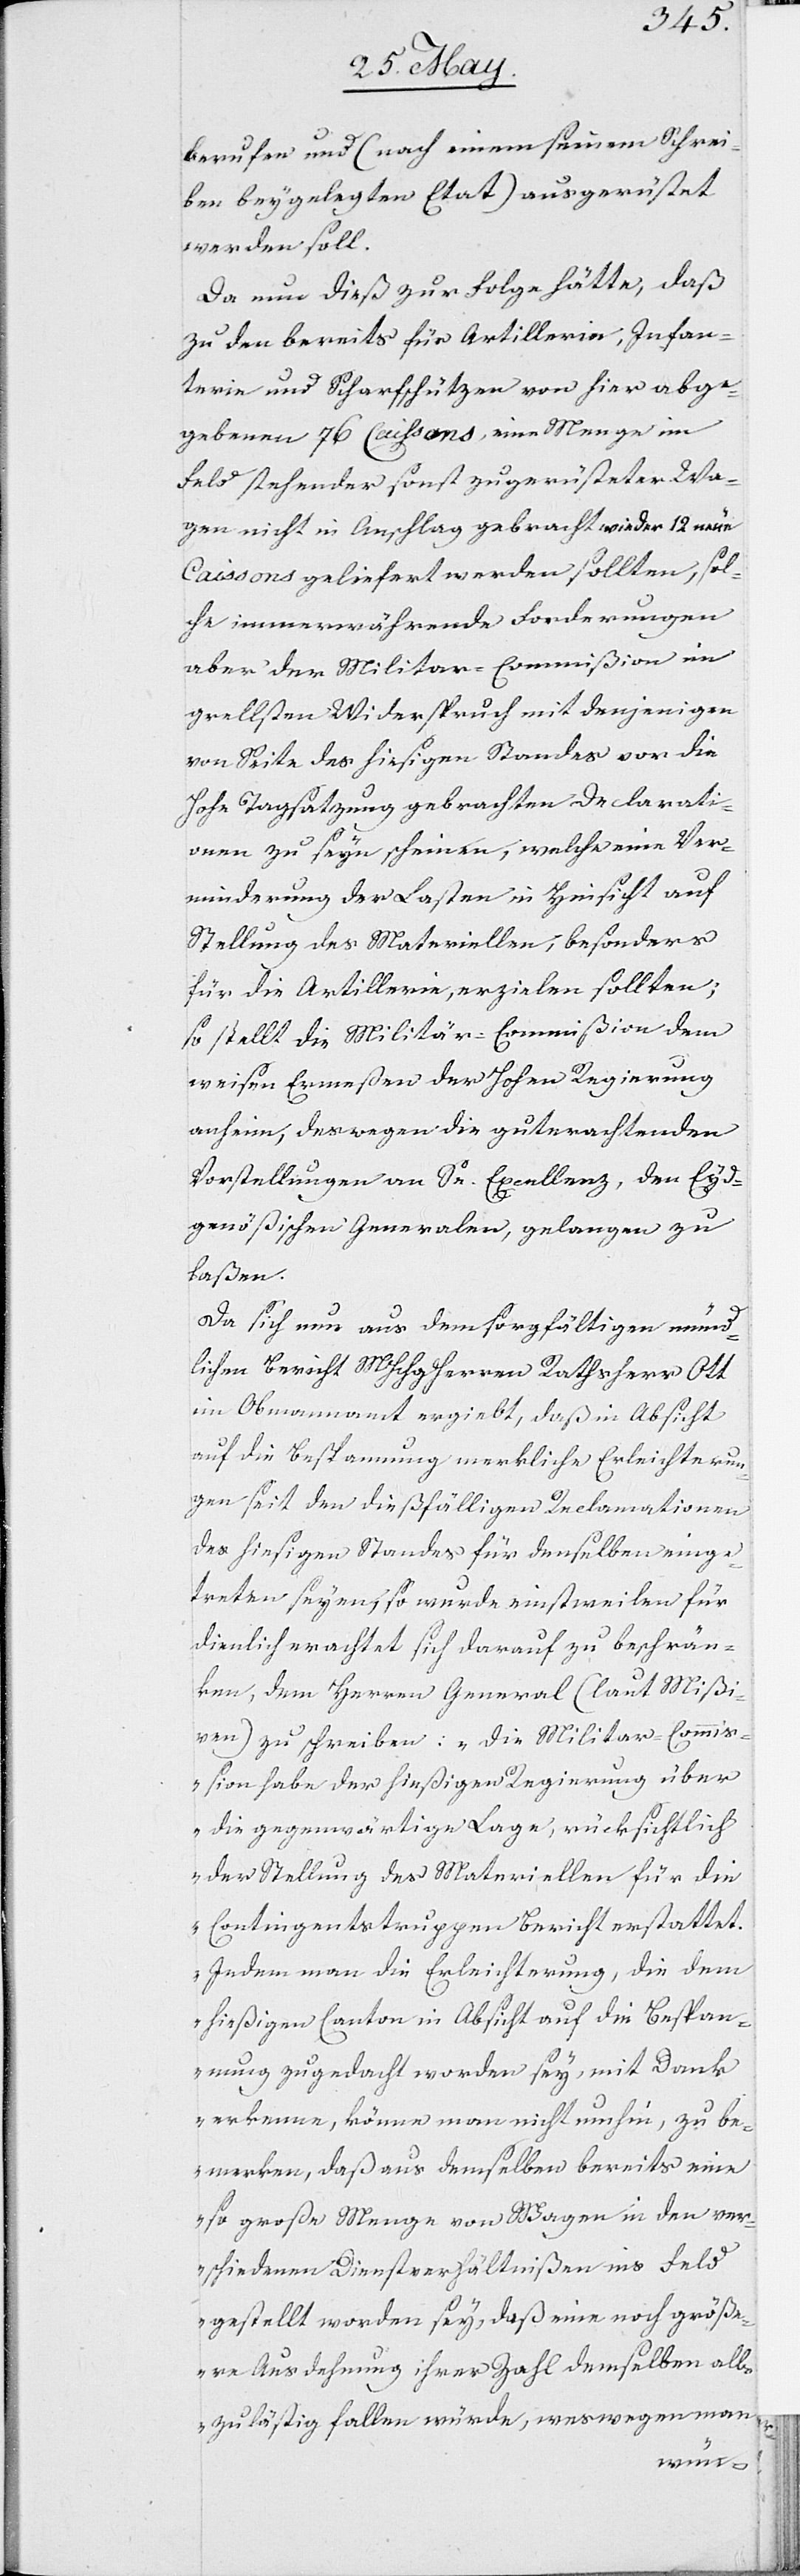
berufen und (nach einem seinem Schrei¬
ben beygelegten Etat) ausgerüstet
werden soll.
Da nun dieß zu Folge hätte, daß
zu den bereits für Artillerie, Infan¬
terie und Scharfschützen von hier abge¬
gebenen 76. Caißons, eine Menge im
Feld stehender, sonst zugerüsteter Wa¬
gen nicht in Anschlag gebracht, wieder 12. neue
Caißons geliefert werden sollten, sol¬
che immerwährende Forderungen
aber der Militar-Commißion im
grellsten Wiederspruch mit denjenigen
von Seite des hiesigen Standes vor die
Hohe Tagsatzung gebrachten Declarati¬
onen zu seyn scheinen, welche eine Ver¬
minderung der Lasten in Hinsicht auf
Stellung des Materiellen, besonders
für die Artillerie, erzielen sollten;
so stellt die Militar-Commißion dem
Weisen Ermeßen der Hohen Regierung
anheim, deswegen die guterachtenden
Vorstellungen an Se. Excellenz, den Eyds¬
genößischen Generalen, gelangen zu
laßen.
Da sich nun aus dem sorgfältigen münd¬
lichen Bericht MHHerren Rathsherr Ott
im Obmannamt ergiebt, daß in Absicht
auf die Bespannung merkliche Erleichterun¬
g seit den dießfälligen Reclamationen
des hiesigen Standes für denselben einge¬
treten seyen, so wurde einstweilen für
dienlich erachtet sich darauf zu beschrän¬
ken, dem Herren General (laut Mißi¬
ven) zu schreiben: „Die Militar-Commiß¬
ion habe der hiesigen Regierung über
die gegenwärtige Lage, rücksichtlich
der Stellung des Materiellen für die
Contingentstruppen Bericht erstattet.
Indem man die Erleichterung, die dem
hiesigen Canton in Absicht auf die Bespan¬
nung zugedacht worden sey, mit Dank
erkenne, könne man nicht umhin, zu be¬
merken, daß aus demselben bereits eine
so große Menge von Wagen in den ver¬
schiedenen Dienstverhältnißen ins Feld
gestellt worden sey, daß eine noch größe¬
re Ausdehnung ihrer Zahl demselben all¬
zu lästig fallen würde, weswegen man